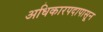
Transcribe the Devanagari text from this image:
अधिकारपदापासून